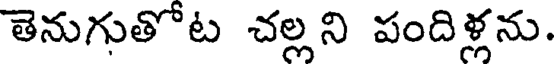
తెనుగుతోట చల్లని పందిళ్లను.